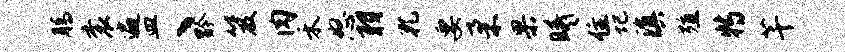
腾衮遍皿丶黔笈肉禾怒羽孔要柔果曦住圮滇殖特芊